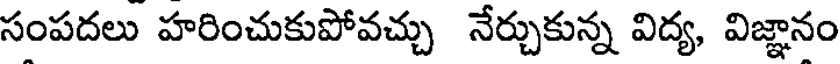
సంపదలు హరించుకుపోవచ్చు నేర్చుకున్న విద్య, విజ్ఞానం